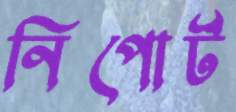
নিপোর্ট